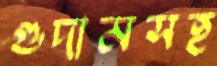
গুদামসহ